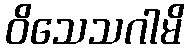
ဝိသေသဂါမိ